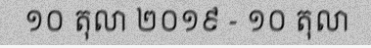
១០ តុលា ២០១៩ - ១០ តុលា